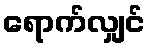
ရောက်လျှင်